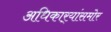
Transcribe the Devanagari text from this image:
अधिकार्‍यांसमोर